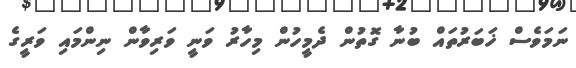
ނަމަވެސް ޚަބަރުތައް ބުނާ ގޮތުން ދެމީހުން މިހާރު ވަނީ ވަރިވާން ނިންމައި ވަރީގެ